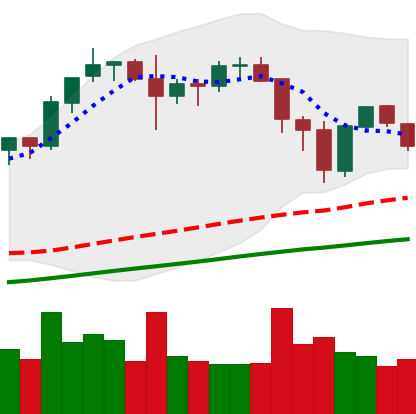
Ticker: BNB-USD
Chart end date: 2021-11-22
Forward return: 7.37%
Label: up_7plus